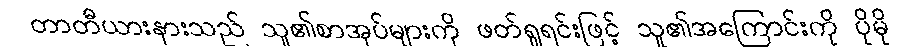
တာတီယားနားသည် သူ၏စာအုပ်များကို ဖတ်ရှုရင်းဖြင့် သူ၏အကြောင်းကို ပိုမို